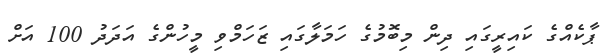
ޕާކެއްގެ ކައިރީގައި ދިން މިބޮމުގެ ހަމަލާގައި ޒަހަމްވި މީހުންގެ އަދަދު 100 އަށް